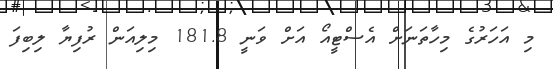
މި އަހަރުގެ މިހާތަނަށް އެސްޓީއޯ އަށް ވަނީ 181.8 މިލިއަން ރުފިޔާ ލިބިފަ